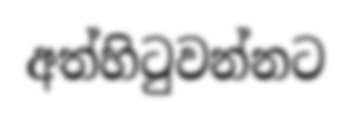
අත්හිටුවන්නට